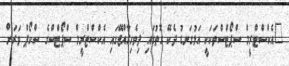
"އެކްސްޓްރީމް ސްޕޯޓްސްތަކަކީ އަޅުގަނޑު ދެކޭ ގޮތުގައި ދިވެހިރާއްޖޭގައި އެކްސްޓްރީމް ސްޕޯޓްސްގެ ސްކޯޕް ވަރަށް